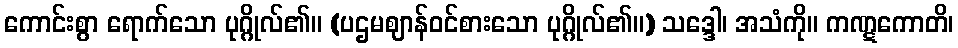
ကောင်းစွာ ရောက်သော ပုဂ္ဂိုလ်၏။ (ပဌမဈာန်ဝင်စားသော ပုဂ္ဂိုလ်၏။) သဒ္ဒေါ၊ အသံကို။ ကဏ္ဋကောတိ၊